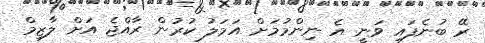
ރޭ ބުނެފައި ވަނީ އެ ނިންމުމަށް އަމަލު ކުރުން ރާއްޖެ އަށް ލާޒިމް